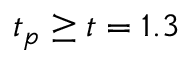
t _ { p } \geq t = 1 . 3